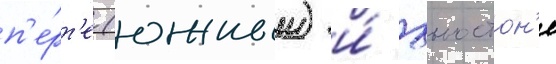
п'е́рт'е (южныи) и́ хьюстон'е